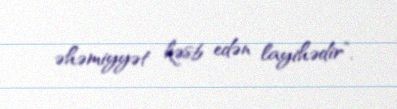
əhəmiyyət kəsb edən layihədir”.